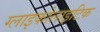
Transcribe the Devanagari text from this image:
ग्लाइकोलाइटिक